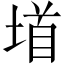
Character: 𫮐